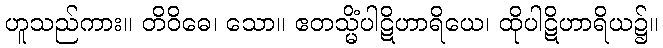
ဟူသည်ကား။ တိဝိဓေ၊ သော။ ဧတသ္မိံပါဋိဟာရိယေ၊ ထိုပါဋိဟာရိယ၌။